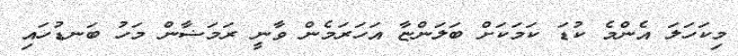
މިކަހަލަ އެންމެ ކުޑަ ކަމަކަށް ބަލަންޏާ އަހަރަމެން ވާނީ ރަމަޟާން މަހު ބަނޑުހައި